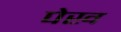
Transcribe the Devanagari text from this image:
पेख